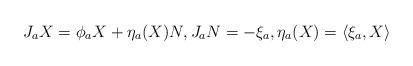
LaTeX: \begin{align*}J_aX=\phi_a X+\eta_a(X)N, J_aN=-\xi_a, \eta_a(X)=\langle\xi_a,X\rangle\end{align*}